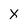
Character: x